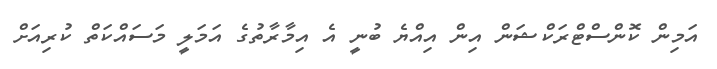
އަމިން ކޮންސްޓްރަކްޝަން އިން އިއްޔެ ބުނީ އެ އިމާރާތުގެ އަމަލީ މަސައްކަތް ކުރިއަށް